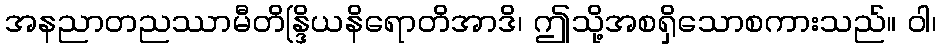
အနညာတညဿာမီတိန္ဒြိယနိရောတိအာဒိ၊ ဤသို့အစရှိသောစကားသည်။ ဝါ၊